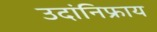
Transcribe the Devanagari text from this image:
उदांनिफ्राय